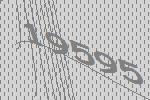
19595